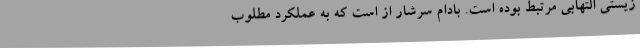
زیستی التهابی مرتبط بوده است. بادام سرشار از است که به عملکرد مطلوب